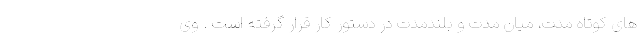
های کوتاه مدت، میان مدت و بلندمدت در دستور کار قرار گرفته است . وی